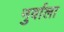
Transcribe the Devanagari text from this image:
नुर्वाला